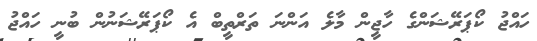
ހައްޖު ކޯޕަރޭޝަންގެ ހާޖީން މާލެ އަންނަ ތަރްތީބް އެ ކޯޕަރޭޝަނުން ބުނީ ހައްޖު